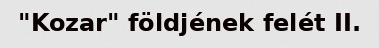
"Kozar" földjének felét II.